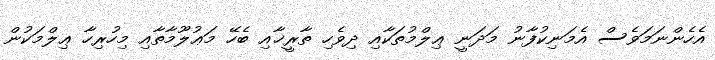
އެހެންނަމަވެސް އެމަނިކުފާނު މަދަނީ ޢިލްމުތަކާއި ދިވެހި ތާރީޚާއި ބެހޭ މަޢުލޫމާތާއި މިހުރިހާ ޢިލްމަކުން